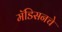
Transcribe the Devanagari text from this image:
मॅडिसनचे